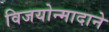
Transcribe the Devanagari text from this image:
विजयोन्मादाने